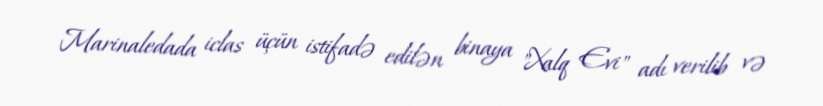
Marinaledada iclas üçün istifadə edilən binaya "Xalq Evi" adı verilib və